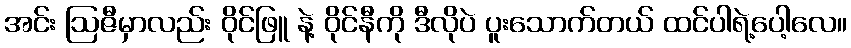
အင်း ဩဇီမှာလည်း ဝိုင်ဖြူ နဲ့ ဝိုင်နီကို ဒီလိုပဲ ပူးသောက်တယ် ထင်ပါရဲ့ပေါ့လေ။